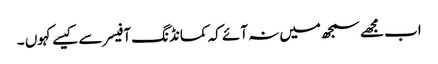
اب مجھے سمجھ میں نہ آئے کہ کمانڈنگ آفیسر سے کیسے کہوں ۔